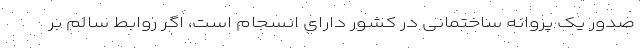
صدور یک پروانه ساختمانی در کشور دارای انسجام است، اگر روابط سالم بر